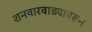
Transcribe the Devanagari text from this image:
शनवारवाड्यावरून